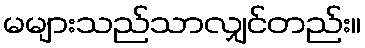
မများသည်သာလျှင်တည်း။